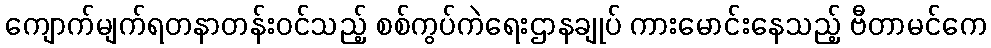
ကျောက်မျက်ရတနာတန်းဝင်သည့် စစ်ကွပ်ကဲရေးဌာနချုပ် ကားမောင်းနေသည့် ဗီတာမင်ကေ